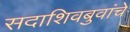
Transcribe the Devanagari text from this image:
सदाशिवबुवांचे